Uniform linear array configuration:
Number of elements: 32
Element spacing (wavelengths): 0.5
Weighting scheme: hann
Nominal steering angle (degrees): -15
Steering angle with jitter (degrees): -13.316
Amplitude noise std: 0.05
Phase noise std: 0.05

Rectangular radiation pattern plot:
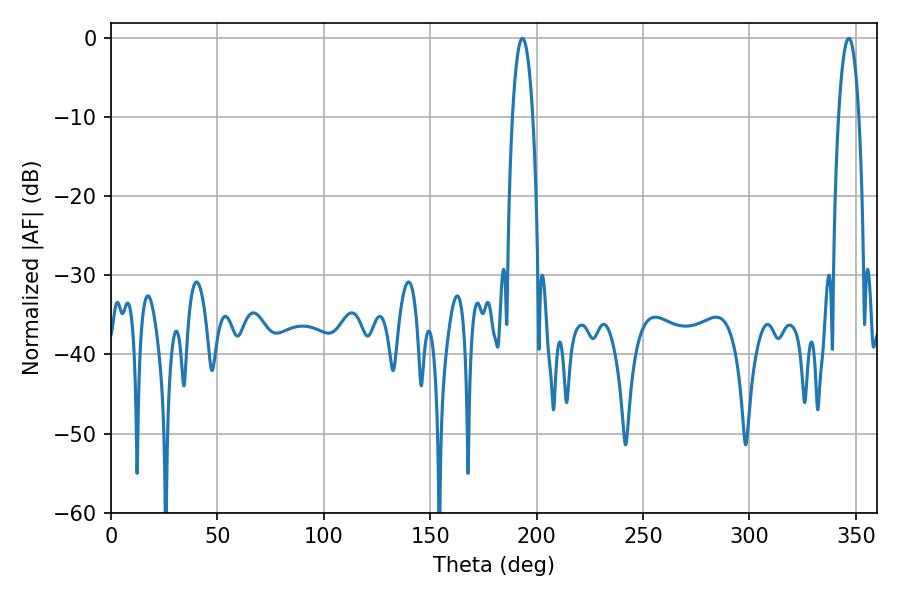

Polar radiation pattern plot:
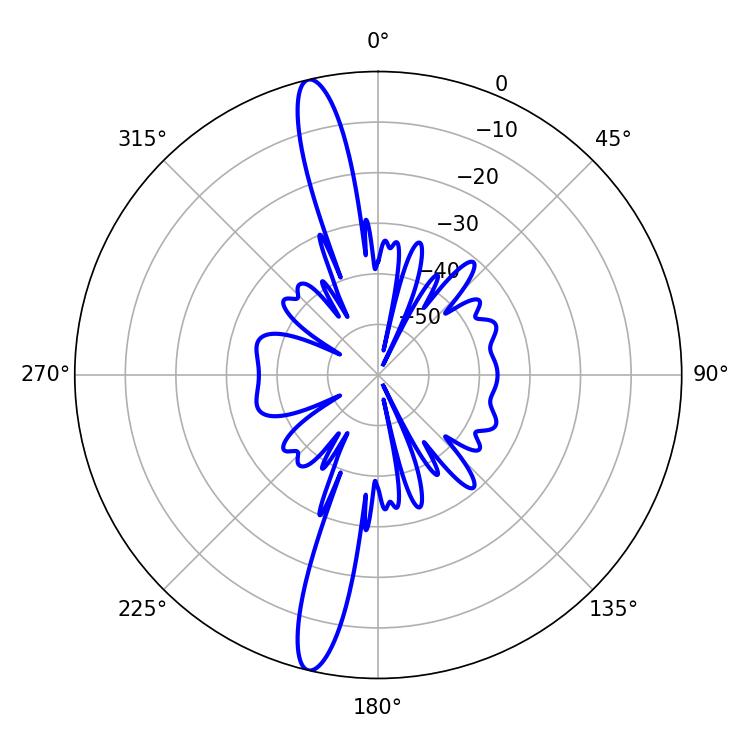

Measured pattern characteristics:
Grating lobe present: FALSE
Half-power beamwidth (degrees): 5.4
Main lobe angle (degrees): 193.32